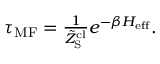
\begin{array} { r } { \tau _ { \mathrm { M F } } = \frac { 1 } { \tilde { Z } _ { \mathrm { S } } ^ { \mathrm { c l } } } e ^ { - \beta H _ { \mathrm { e f f } } } . } \end{array}